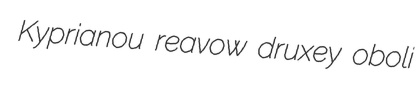
Kyprianou reavow druxey oboli